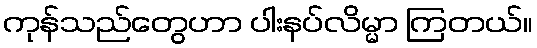
ကုန်သည်တွေဟာ ပါးနပ်လိမ္မာ ကြတယ်။